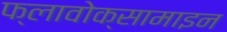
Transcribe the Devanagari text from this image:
फ्लावोक्सामाइन